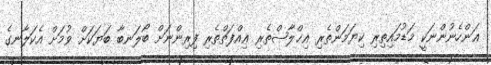
ޢަންހެނުންނަކީ މަޑުމައިތިރި ކިޔަމަންތެރި އިޚްލާޞްތެރި ޢިއްފަތްތެރި ފިރިންނަށް ބޯލަނބާ ބަޔަކަށް ވުމަށް އެކަލާނގެ